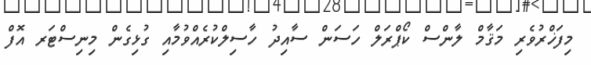
މިފަޚްރުވެރި މަޤާމް ލާންސް ކޯޕްރަލް ހަސަން ސާއިދު ހާސިލްކުރެއްވުމާއި ގުޅިގެން މިނިސްޓަރ އޮފް